Annual administration report of the Civil Veterinary Department of India - 1895-1896
Year: 1895
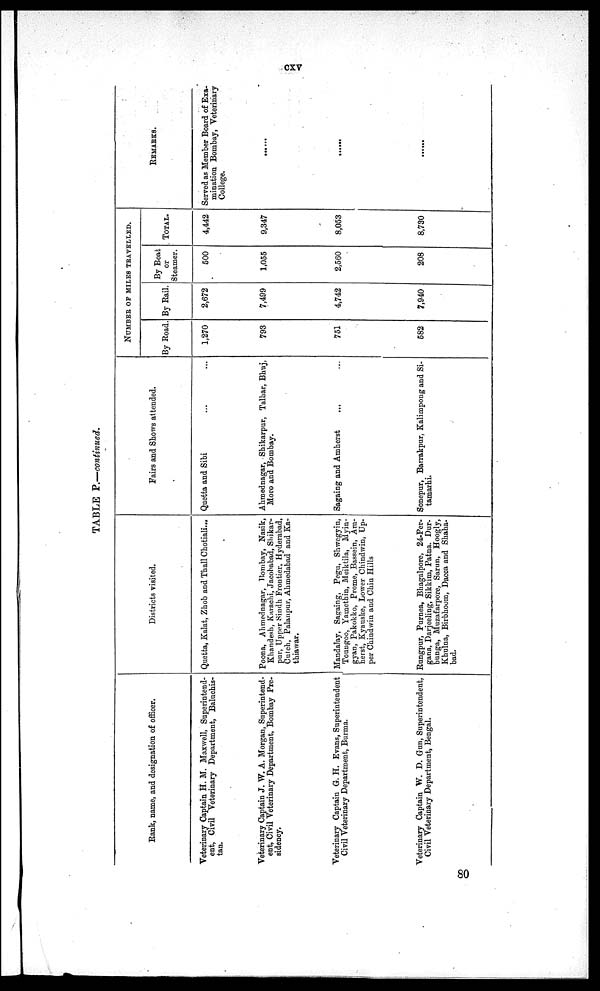
cxv
TABLE P.—continued.
Rank, name, and designation of officer.
Veterinary Captain H. M. Maxwell, Superintend-
ent, Civil Veterinary Department, Baluchis-
tan.
Veterinary Captain J. W. A. Morgan, Superintend-
ent, Civil Veterinary Department, Bombay Pre-
sidency.
Veterinary Captain G. H. Evans, Superintendent
Civil Veterinary Department, Burma.
Veterinary Captain. W. D. Gun, Superintendent,
Civil Veterinary Department, Bengal.
Districts visited.
Quetta, Kalat, Zhob and Thall Chotiali...
Poona, Ahmednagar, Bombay, Nasik,
Khandesh, Karachi, Jacobabad, Shikar-
pur, Upper Sindh Frontier, Hyderabad,
Cutch, Palanpur, Ahmedabad and Ka-
thiawar.
Mandalay, Sagaing, Pegu, Shwegyin,
Toungoo, Yamethin, Meiktila, Myin-
gyan, Pakokko, Prome, Bassein, Am-
herst, Kyauske, Lower Chindwin, Up-
per Chindwin and Chin Hills
Rungpur, Purnea, Bhagalpore, 24-Per-
gana, Darjeeling, Sikkim, Patna. Dur-
bunga, Muzafarpore, Sarun, Hoogly,
Khulna, Birbhoum, Dacca and Shaba-
bad.
Fairs and Shows attended.
Quetta and Sibi ... ...
Ahmednagar, Shikarpur, Talbar, Bhuj,
Moro and Bombay.
Sagaing and Amherst ... ...
Sonepur, Barrakpur, Kalimpong and Si-
tamarhi.
NUMBER OF MILES TRAVELLED.
By Road.
1,270
793
751
582
By Rail.
2,672
7,499
4,742
7,940
By Boat
or
Steamer.
500
1,055
2,560
208
TOTAL.
4,442
9,347
8,053
8,730
REMARKS.
Served as Member Board of Exa-
mination Bombay, Veterinary
College.
......
......
......
80